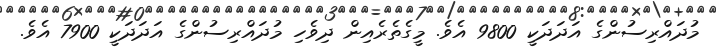
މުދައްރިސުންގެ އަދަދަކީ 9800 އެވެ. މީގެތެރެއިން ދިވެހި މުދައްރިސުންގެ އަދަދަކީ 7900 އެވެ.